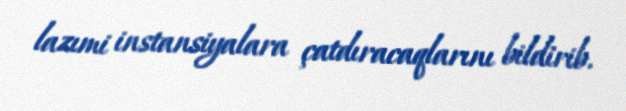
lazımi instansiyalara çatdıracaqlarını bildirib.